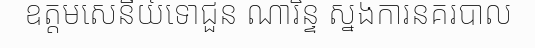
ឧត្តមសេនីយ៍ទោជួន ណារិន្ទ ស្នងការនគរបាល